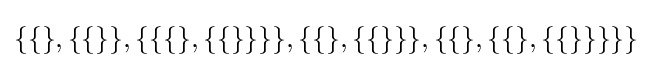
\{\{\},\{\{\}\},\{\{\{\},\{\{\}\}\}\},\{\{\},\{\{\}\}\},\{\{\},\{\{\},\{\{\}\}\}\}\}